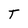
Character: T